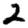
Digit: 2